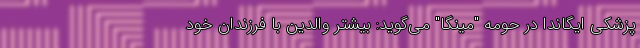
پزشکی ایگاندا در حومه "مینگا" می‌گوید: بیشتر والدین با فرزندان خود